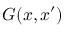
G ( x , x ^ { \prime } )